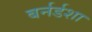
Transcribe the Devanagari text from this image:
बर्नर्डशा